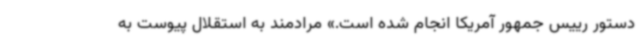
دستور رییس جمهور آمریکا انجام شده است.» مرادمند به استقلال پیوست به